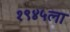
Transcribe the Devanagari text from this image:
१९४५ला